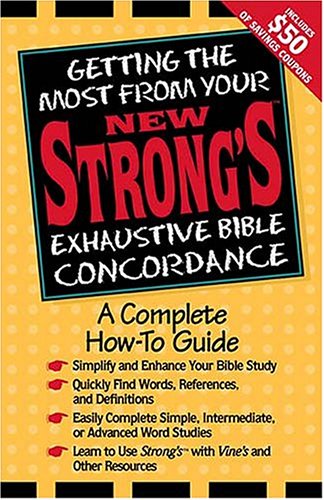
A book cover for Getting the Most From Your New Strong's Exhaustive Bible Concordance; Robert P. Kendall; Christian Books & Bibles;